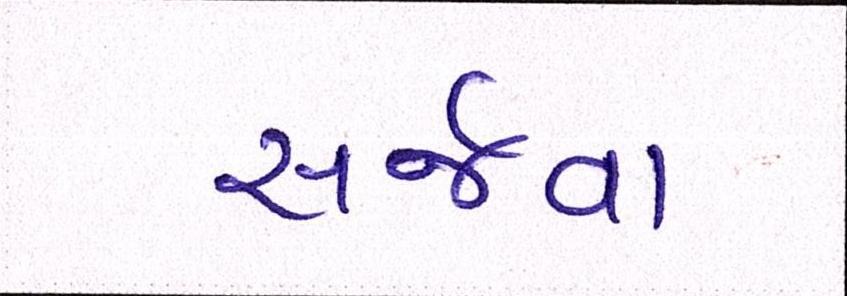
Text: સર્જવા